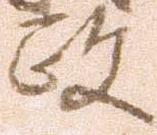
政